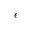
\epsilon